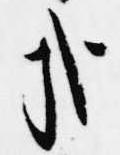
哉